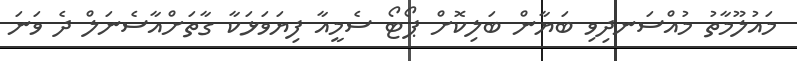
މައުލޫމާތު މުއްސަނދިވި ބަޔާން ބަލިކޮށް ޕޯޓޯ ސެމީއާ ފިޔަވަޅަކާ ގާތަށްއާސެނަލް ދެ ވަނަ